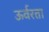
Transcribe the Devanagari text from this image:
ऊर्वरता